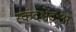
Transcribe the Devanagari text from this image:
स्कंदश्चेंद्रःअ